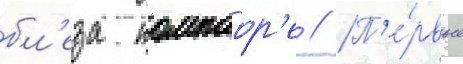
бл'еза компаор'е // П'е́рвые